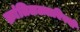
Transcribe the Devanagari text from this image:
क्रांतिलढ्याविषयी